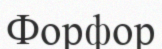
Форфор